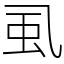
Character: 虱